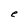
Character: e